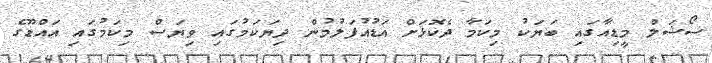
ސޯޝަލް މީޑިއާގައި ބަޔަކު މިކަމާ ދެކޮޅަށް އަޑުއުފަލުމުން ދިޔަކަމުގައި ވިޔަސް މިކަމުގައި އައްޑޫގެ